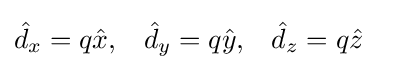
{\begin{aligned}{\hat {d}}_{x}&=q{\hat {x}},&{\hat {d}}_{y}&=q{\hat {y}},&{\hat {d}}_{z}&=q{\hat {z}}\end{aligned}}